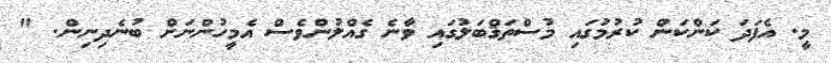
މީ. އެފަދަ ކަންކަން ކުރުމުގައި މުސްތަޤްބަލުގައި ވާނެ ގެއްލުންވެސް އެމީހުންނަށް ބުނެދިނިން. "